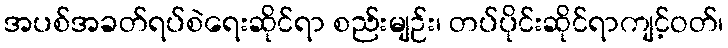
အပစ်အခတ်ရပ်စဲရေးဆိုင်ရာ စည်းမျဉ်း၊ တပ်ပိုင်းဆိုင်ရာကျင့်ဝတ်၊